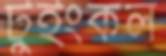
টুইংকল